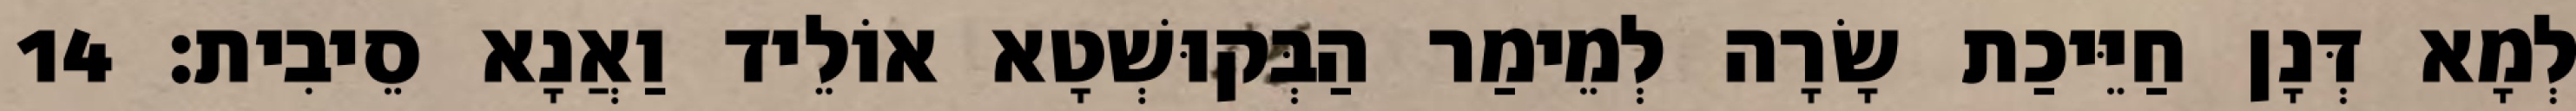
לְמָא דְּנָן חַיֵּיכַת שָׂרָה לְמֵימַר הַבְּקוּשְׁטָא אוֹלֵיד וַאֲנָא סֵיבִית׃ 14